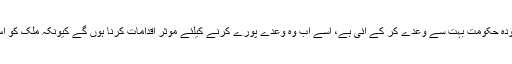
سینیٹر اسد جونیجو نے کہا کہ موجودہ حکومت بہت سے وعدے کر کے آئی ہے، اسے اب وہ وعدے پورے کرنے کیلئے موثر اقدامات کرنا ہوں گے کیونکہ ملک کو اس وقت بڑے چیلنجوں کا سامنا ہے۔